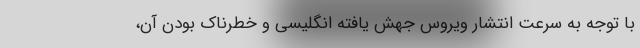
با توجه به سرعت انتشار ویروس جهش یافته انگلیسی و خطرناک بودن آن،